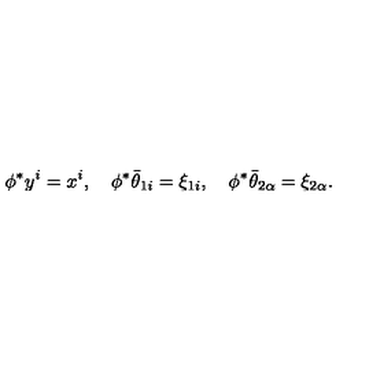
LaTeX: \phi ^ { * } y ^ { i } = x ^ { i } , \quad \phi ^ { * } { \bar { \theta } } _ { 1 i } = \xi _ { 1 i } , \quad \phi ^ { * } { \bar { \theta } } _ { 2 \alpha } = \xi _ { 2 \alpha } .